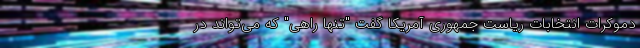
دموکرات انتخابات ریاست جمهوری آمریکا گفت "تنها راهی" که می‌تواند در